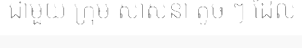
ជាមួយ ក្រុម សាសនា តូច ៗ ដែល